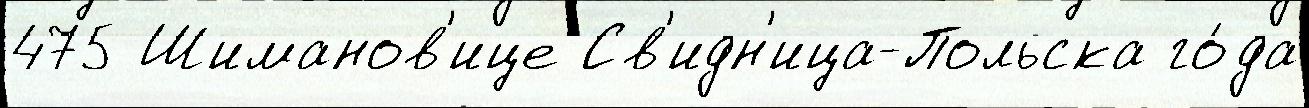
475 Шиманов'ице Св'идн'ица-Польска го́да